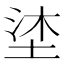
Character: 𭎦